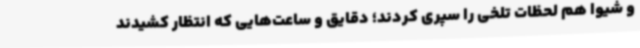
و شیوا هم لحظات تلخی را سپری کردند؛ دقایق و ساعت‌هایی که انتظار کشیدند